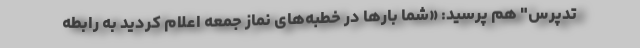
تدپرس" هم پرسید: «شما بارها در خطبه‌های نماز جمعه اعلام کردید به رابطه